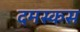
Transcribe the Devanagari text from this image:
दमस्कस